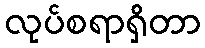
လုပ်စရာရှိတာ